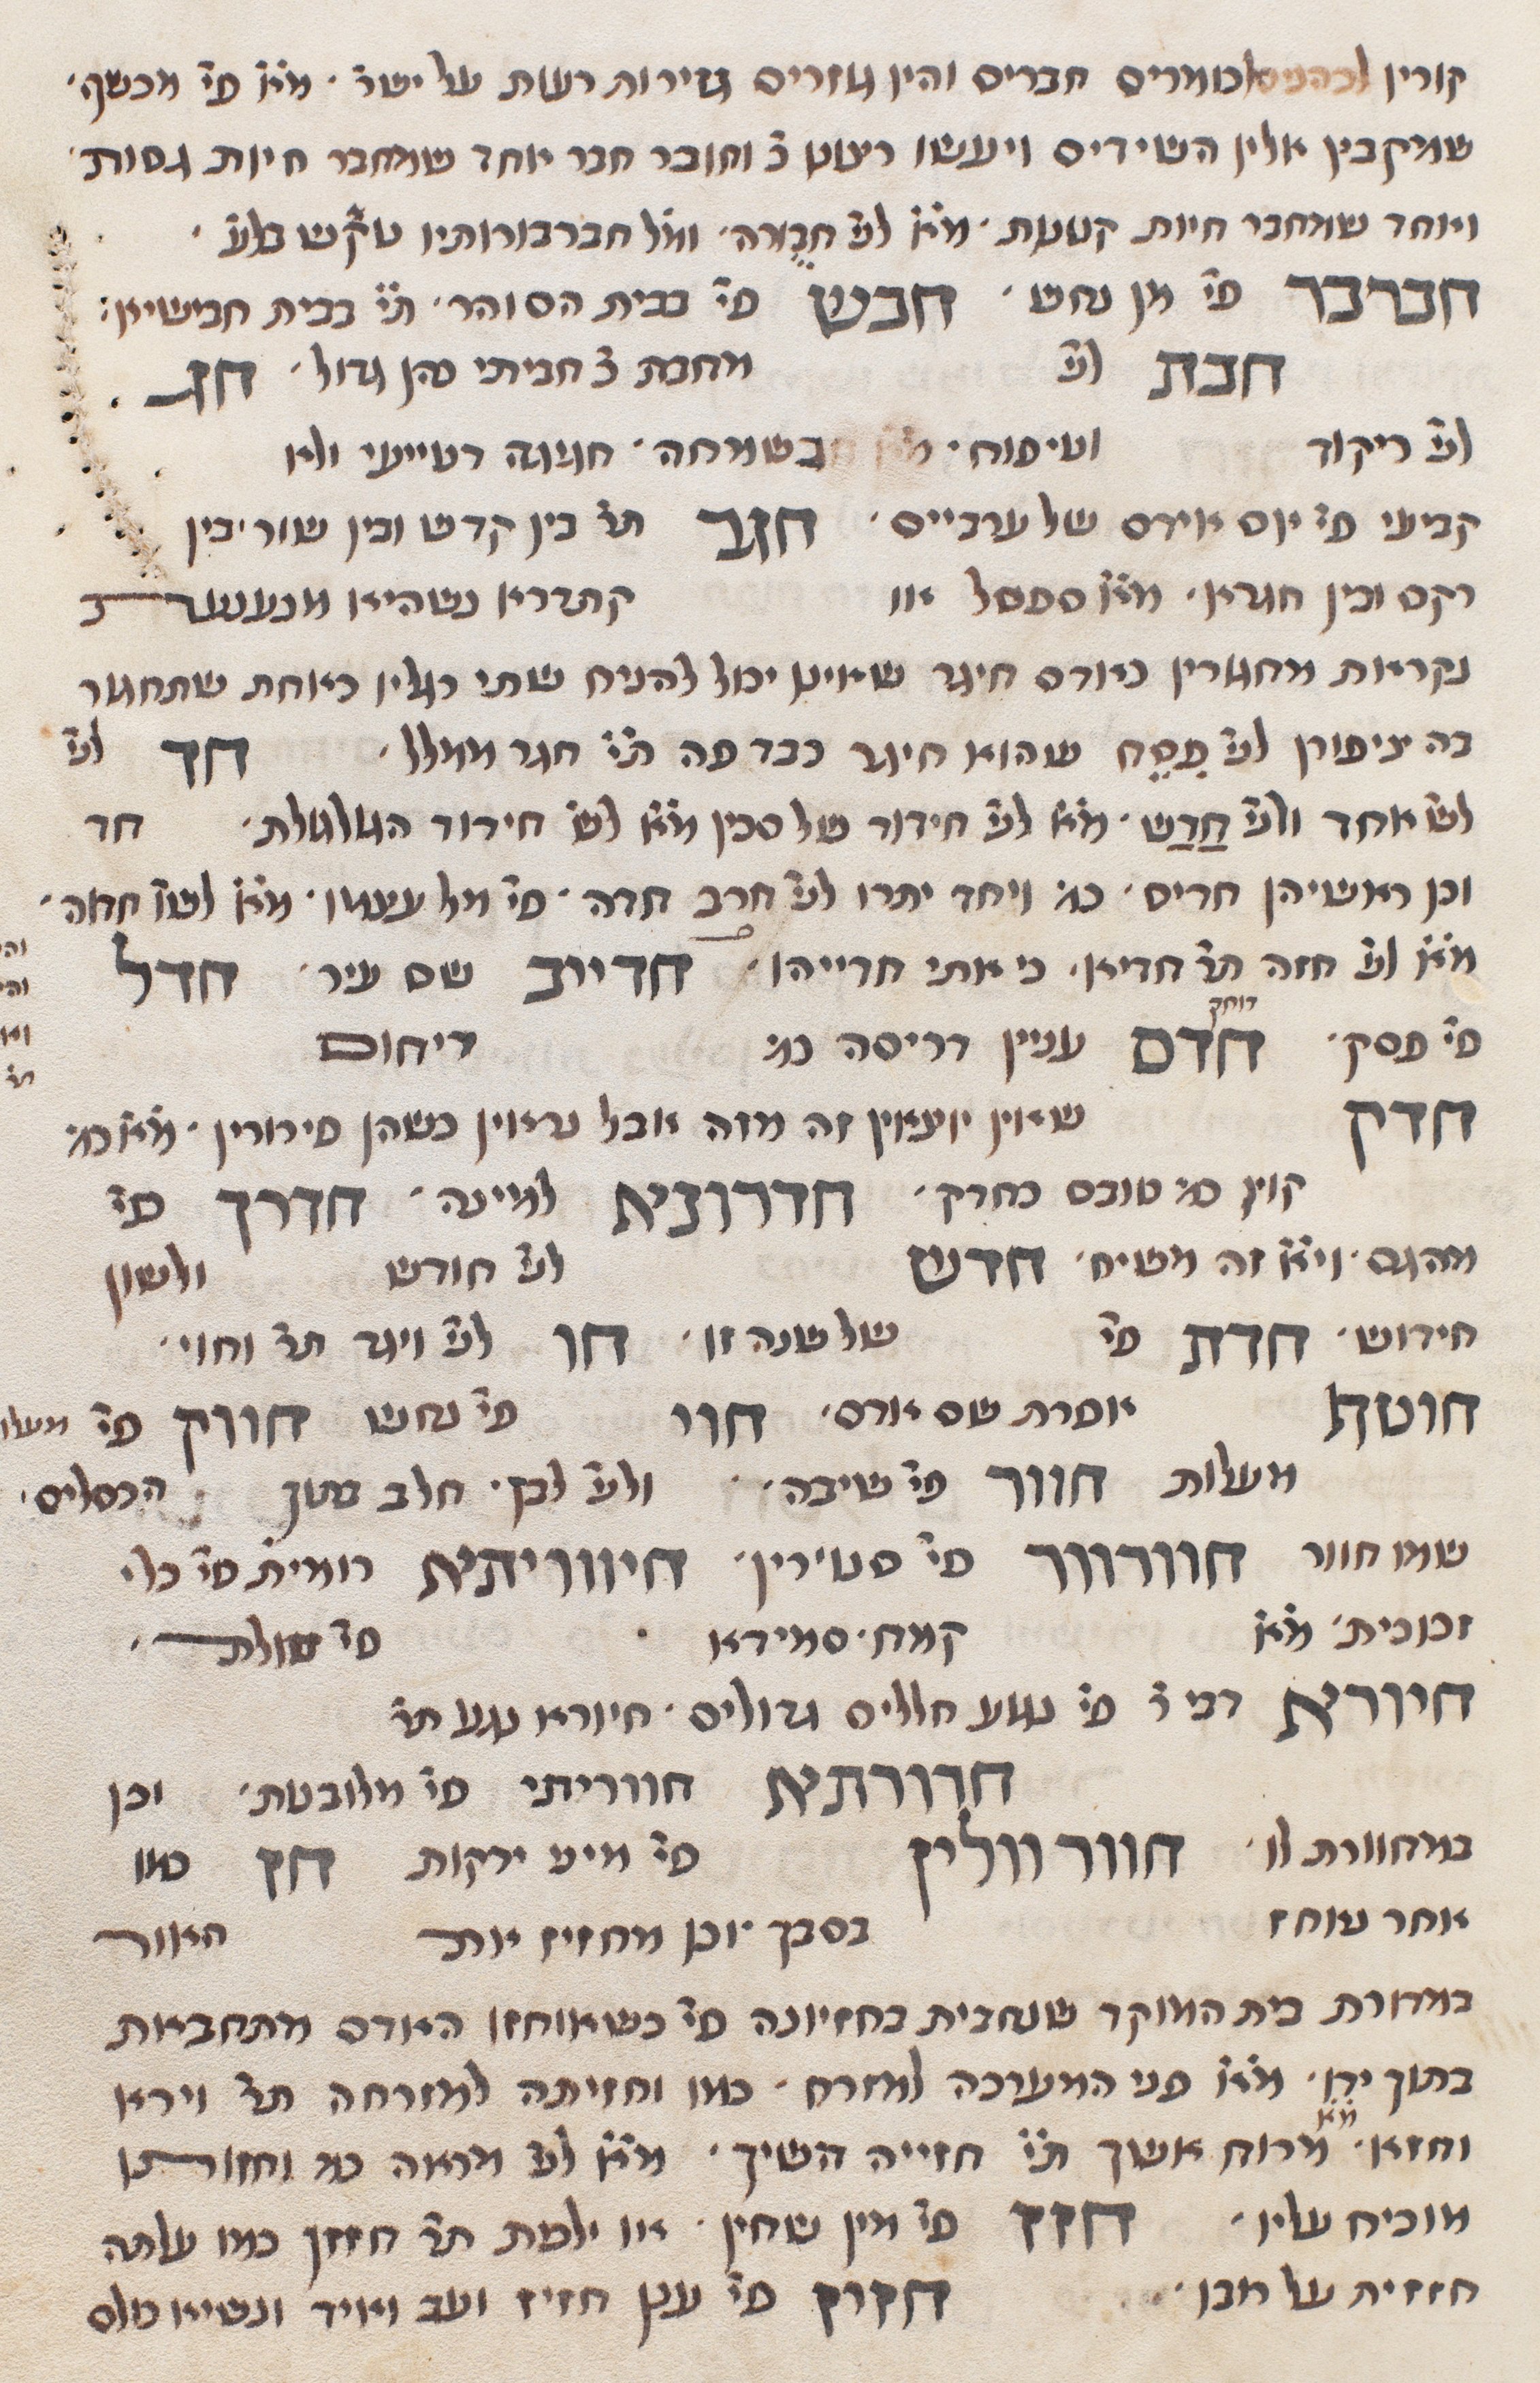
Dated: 1290–1290